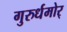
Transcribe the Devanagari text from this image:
गुरुर्धमोर्